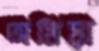
অমিয়া